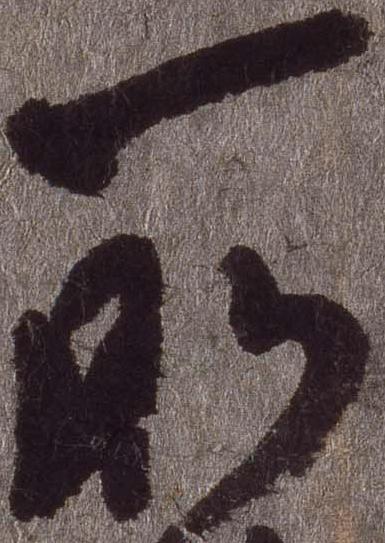
所